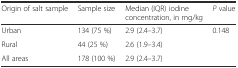
| Origin of salt sample | Sample size | Median (IQR) iodine concentration, in mg/kg | P value |
 | --- | --- | --- | --- |
 | Urban | 134 (75 %) | 2.9 (2.4–3.7) | <ROWSPAN=2> 0.148 |
 | Rural | 44 (25 %) | 2.6 (1.9–3.4) |
 | All areas | 178 (100 %) | 2.9 (2.4–3.7) |  |